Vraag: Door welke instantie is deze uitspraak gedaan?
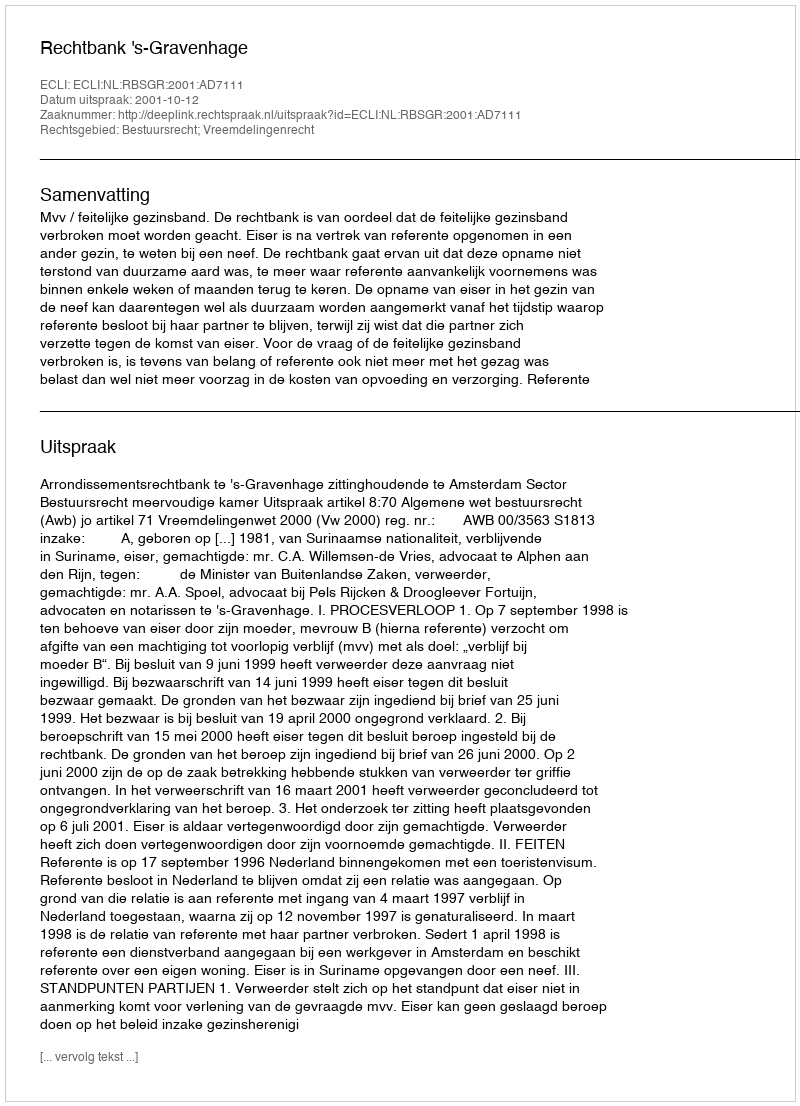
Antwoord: Rechtbank 's-Gravenhage